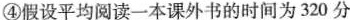
④假设平均阅读一本课外书的时间为320分